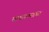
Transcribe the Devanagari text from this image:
वळवण्याचा